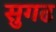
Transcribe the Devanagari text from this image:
सुगढ